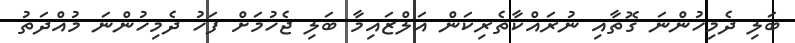
ބަލި ދެމިހުންނަ ގޮތާއި ނުރައްކާތެރިކަން އަލްޒައިމާ ބަލި ޖެހުމަށް ފަހު ދެމިހުންނަ މުއްދަތު